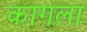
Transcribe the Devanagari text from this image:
कागला